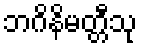
ဘဂိနိမတ္တီသု